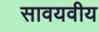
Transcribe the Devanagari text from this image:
सावयवीय